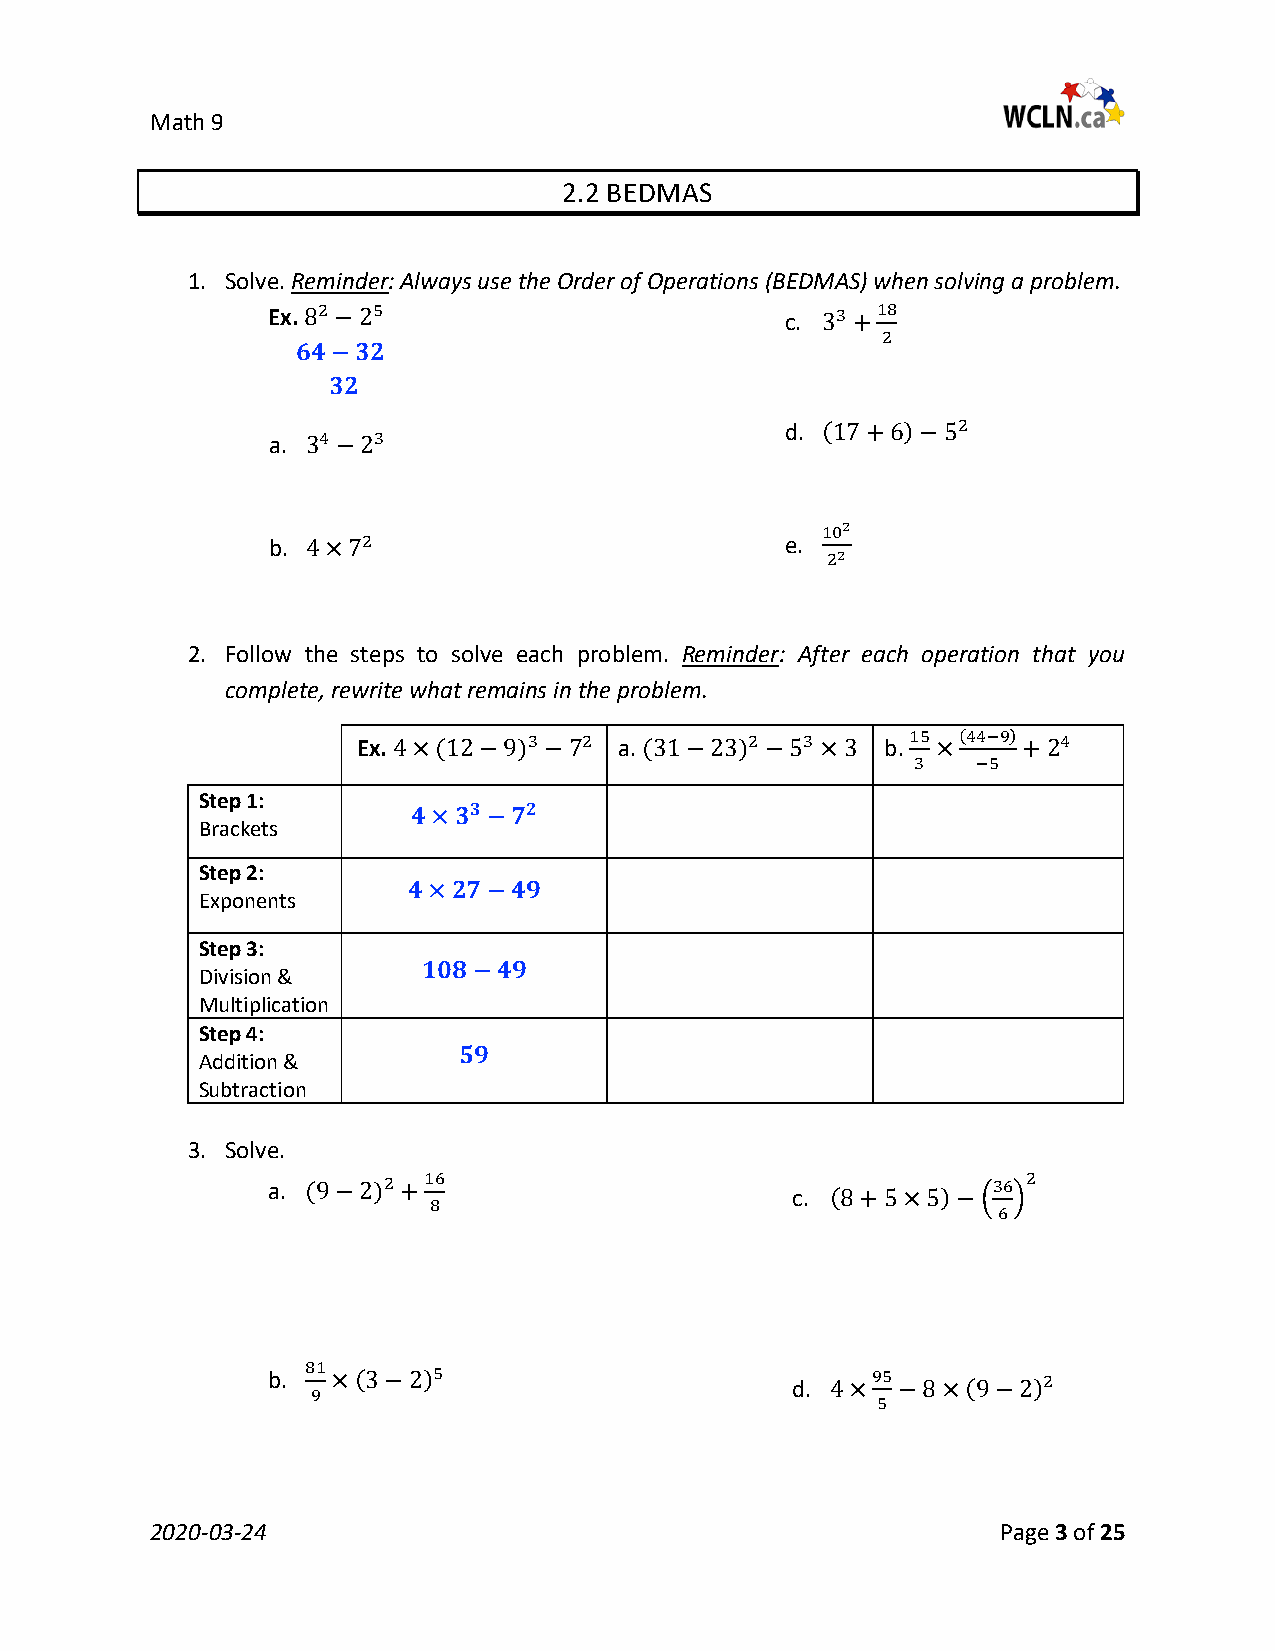
Math 9
 2.2 BEDMAS
 1. Solve. Reminder: Always use the Order of Operations (BEDMAS) when solving a problem.
 Ex.                               c.
 2   5                             3  18
 8 −2                              3 + 2
 𝟒𝟒𝟒𝟒−𝟑𝟑𝟐𝟐
 d.
 a . 𝟑𝟑𝟐𝟐
 2
 4   3                            (17+6)−5
 3 −2
 b.                                e.
 2
 10
 2
 2
 4×7                                2
 2. Follow the steps to solve each problem. Reminder: After each operation that you
 complete, rewrite what remains in the problem.
 Ex.              a.                b.
 3   2          2  3      15 (44−9) 4
 Step 1:      4×(12−9)  −7     (31−23) −5 ×3     3 × −5 +2
 Brackets
 𝟑𝟑  𝟐𝟐
 Step 2:       𝟒𝟒×𝟑𝟑 −𝟕𝟕
 Exponents
 Step 3:
 𝟒𝟒×𝟐𝟐𝟕𝟕−𝟒𝟒𝟒𝟒
 Division &
 Multiplication
 𝟏𝟏𝟒𝟒𝟏𝟏−𝟒𝟒𝟒𝟒
 Step 4:
 Addition &
 Subtraction
 𝟓𝟓𝟒𝟒
 3. Solve.
 a.
 c.
 2  16                                    36 2
 (9−2)  + 8                         (8+5×5)−�6�
 b.
 d.
 81       5                            95         2
 9 ×(3−2)                          4× 5 −8×(9−2)
 2020-03-24                                              Page 3 of 25